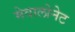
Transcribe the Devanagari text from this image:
मेवालोनेट